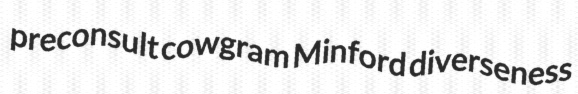
preconsult cowgram Minford diverseness